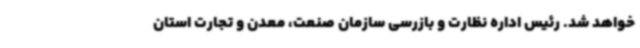
خواهد شد. رئیس اداره نظارت و بازرسی سازمان صنعت، معدن و تجارت استان